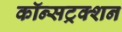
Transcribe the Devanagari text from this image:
कॉन्सट्रक्शन